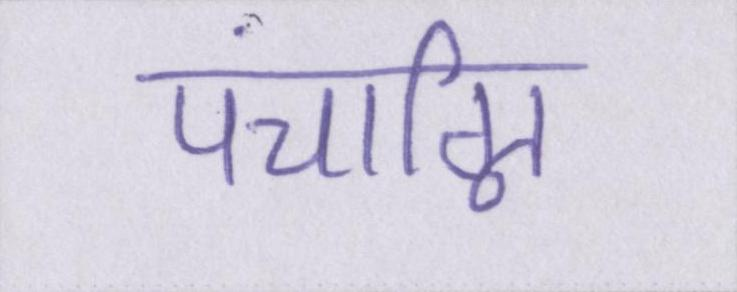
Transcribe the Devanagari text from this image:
पंचाग्नि